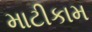
માટીકામ